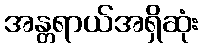
အန္တရာယ်အရှိဆုံး